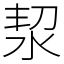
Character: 洯